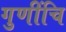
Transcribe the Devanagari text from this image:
गुणींचि